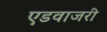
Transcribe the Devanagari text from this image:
एडवाजरी